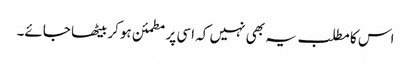
اس کا مطلب یہ بھی نہیں کہ اسی پر مطمئن ہوکر بیٹھا جائے۔